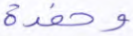
وحفدة